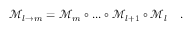
\mathcal { M } _ { l \to m } = \mathcal { M } _ { m } \circ . . . \circ \mathcal { M } _ { l + 1 } \circ \mathcal { M } _ { l } \quad .